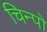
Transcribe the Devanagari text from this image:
चिन्पो